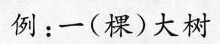
例：一(棵)大树